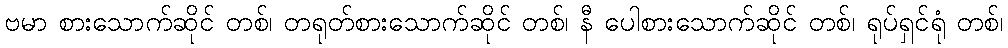
ဗမာ စားသောက်ဆိုင် တစ်၊ တရုတ်စားသောက်ဆိုင် တစ်၊ နီ ပေါစားသောက်ဆိုင် တစ်၊ ရုပ်ရှင်ရုံ တစ်၊